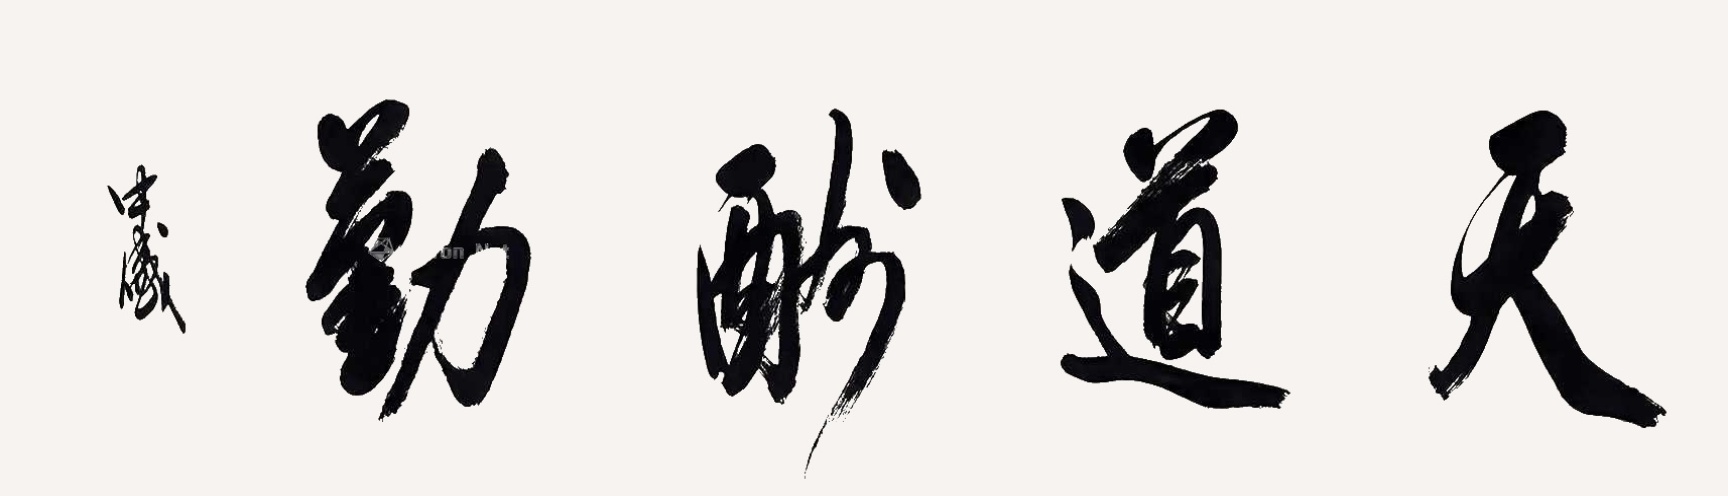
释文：天道酬勤向中盛